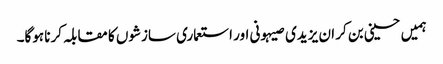
ہمیں حسینی بن کر ان یزیدی صیہونی اور استعماری سازشوں کا مقابلہ کرنا ہوگا۔